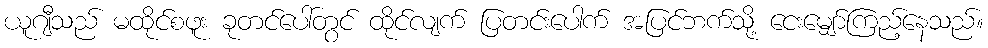
ယူဂျီသည် မထိုင်စဖူး ခုတင်ပေါ်တွင် ထိုင်လျက် ပြတင်းပေါက် အပြင်ဘက်သို့ ငေးမျှော်ကြည့်နေသည်။